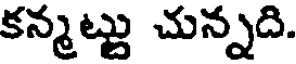
కన్మట్టు చున్నది.